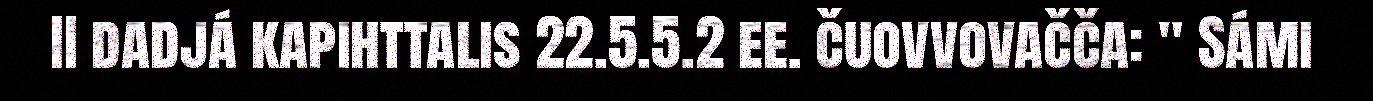
II dadjá kapihttalis 22.5.5.2 ee. čuovvovačča: " Sámi